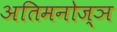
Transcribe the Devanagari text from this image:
अतिमनोज्ञ